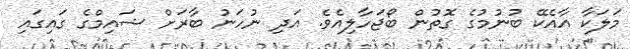
މަލަކާ އާއެކޭ ބުނުމުގެ ގޮތުން ބޯޖަހާލިއެވެ. އަދި ނުހަނު ބާރަށް ޝައިމްގެ ގައިގައި